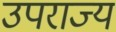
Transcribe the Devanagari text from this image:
उपराज्य